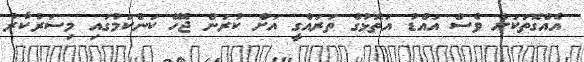
އެއްގޮތަކަށް ވެސް އައްޑު އަތޮޅުގެ ތަރައްގީ އަށް ކުރަން ޖެހޭ ކަންކަމުގައި މިސަރުކާރު